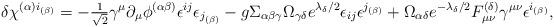
LaTeX: \begin{align*}\delta\chi^{(\alpha)i_{(\beta)}}=-{\textstyle{1\over\sqrt{2}}} \gamma^\mu\partial_\mu\phi^{(\alpha\beta)}\epsilon^{ij}\epsilon_{j_{(\beta)}}-g\Sigma_{\alpha\beta\gamma}\Omega_{\gamma\delta}e^{\lambda_\delta/2}\epsilon_{ij}\epsilon^{j_{(\beta)}}+ \Omega_{\alpha\delta}e^{-\lambda_\delta/2}F_{\mu\nu}^{(\delta)}\gamma^{\mu\nu}\epsilon^{i_{(\beta)}},\end{align*}